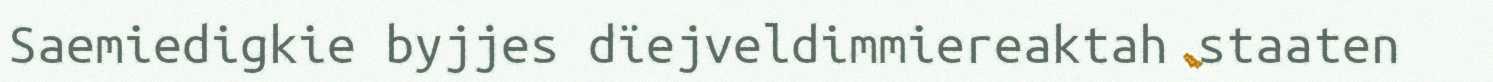
Saemiedigkie byjjes dïejveldimmiereaktah staaten